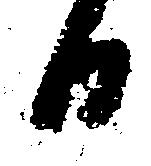
日